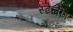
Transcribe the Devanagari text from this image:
स्टेलींग